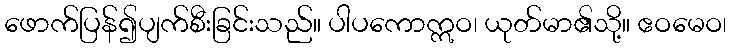
ဖောက်ပြန်၍ပျက်စီးခြင်းသည်။ ပါပကောဣဝ၊ ယုတ်မာ၏သို့။ ဧဝမေဝ၊